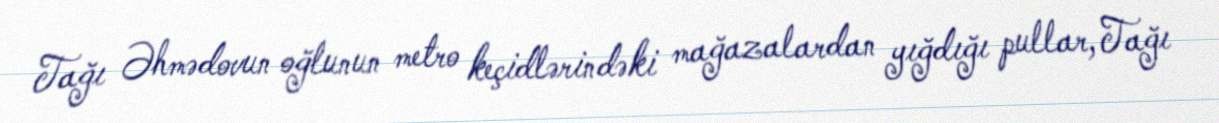
Tağı Əhmədovun oğlunun metro keçidlərindəki mağazalardan yığdığı pullar, Tağı